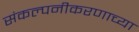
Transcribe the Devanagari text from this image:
संकल्पनीकरणाच्या